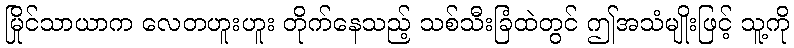
မြိုင်သာယာက လေတဟူးဟူး တိုက်နေသည့် သစ်သီးခြံထဲတွင် ဤအသံမျိုးဖြင့် သူ့ကို